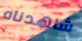
شاهدناه